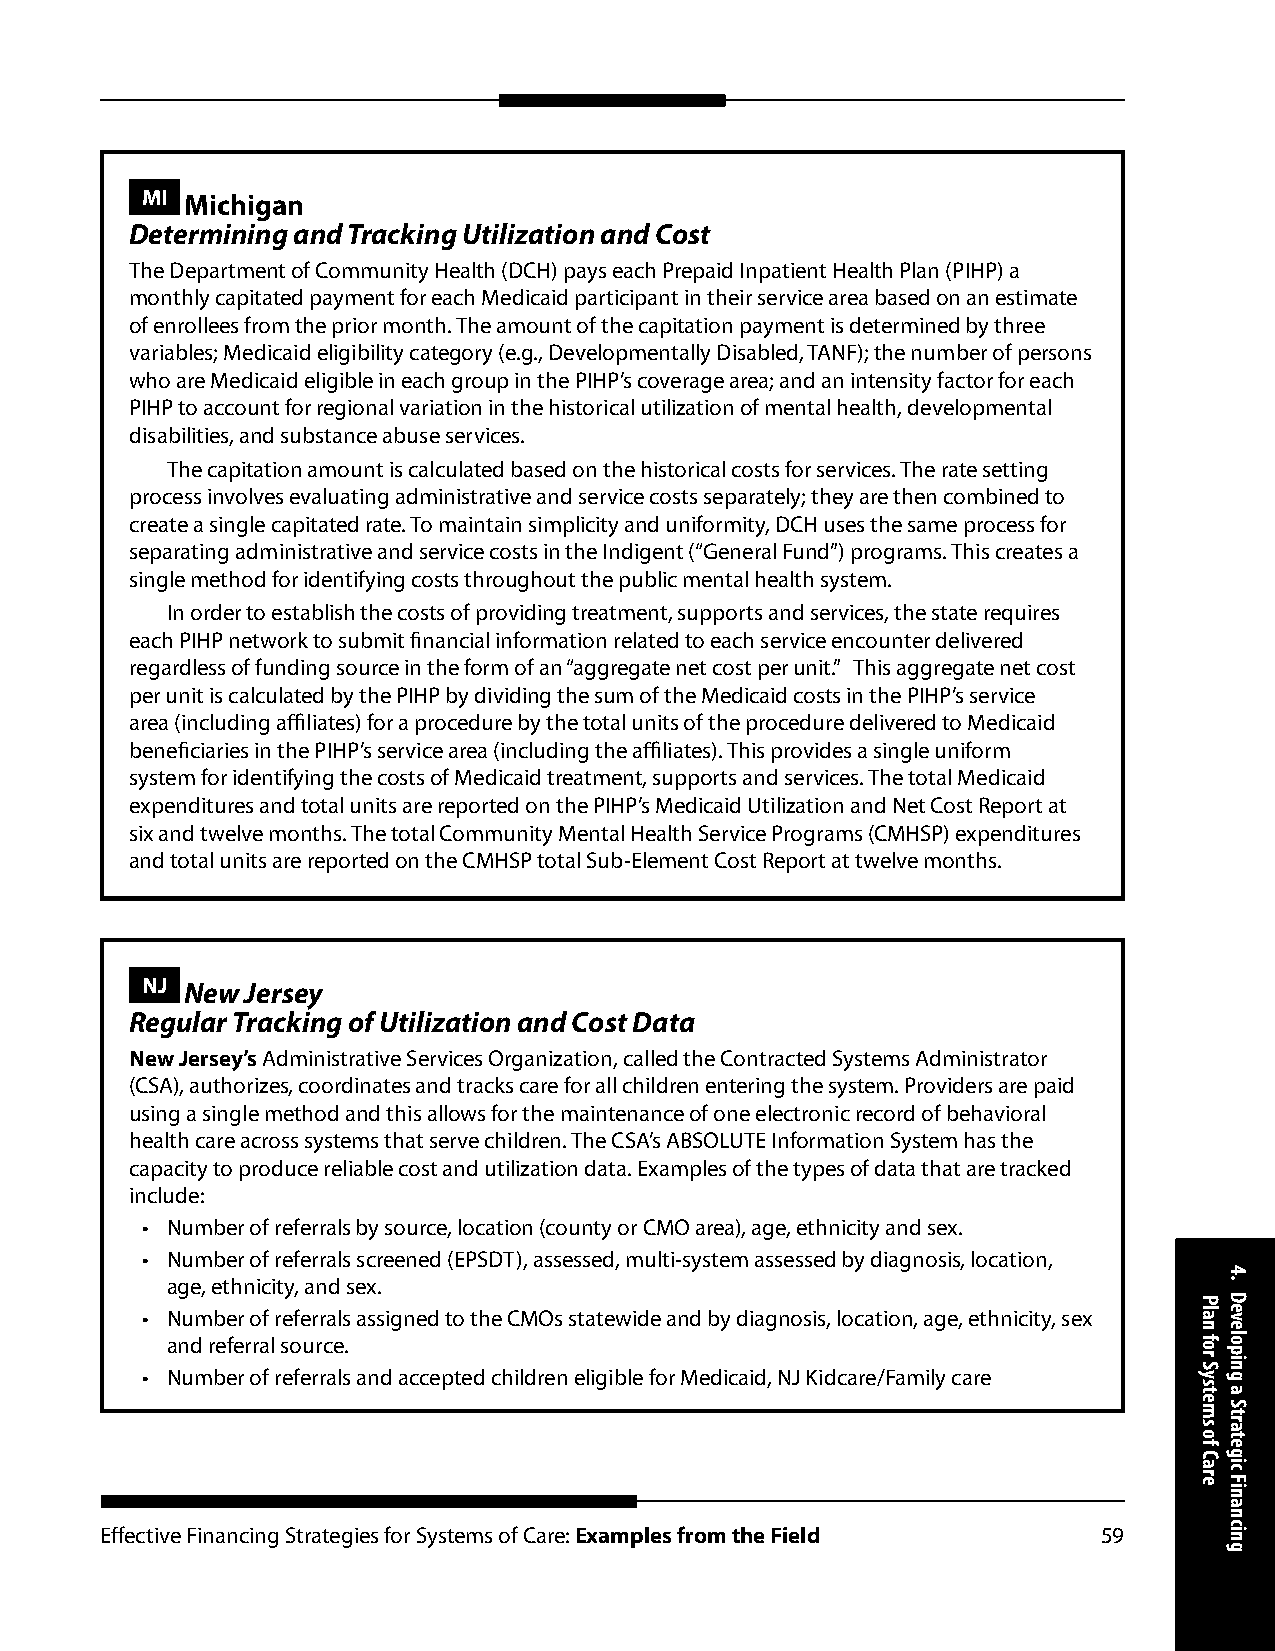
MI Michigan
 Determining and Tracking Utilization and Cost
 The Department of Community Health (DCH) pays each Prepaid Inpatient Health Plan (PIHP) a
 monthly capitated payment for each Medicaid participant in their service area based on an estimate
 of enrollees from the prior month. The amount of the capitation payment is determined by three
 variables; Medicaid eligibility category (e.g., Developmentally Disabled, TANF); the number of persons
 who are Medicaid eligible in each group in the PIHP’s coverage area; and an intensity factor for each
 PIHP to account for regional variation in the historical utilization of mental health, developmental
 disabilities, and substance abuse services.
 The capitation amount is calculated based on the historical costs for services. The rate setting
 process involves evaluating administrative and service costs separately; they are then combined to
 create a single capitated rate. To maintain simplicity and uniformity, DCH uses the same process for
 separating administrative and service costs in the Indigent (“General Fund”) programs. This creates a
 single method for identifying costs throughout the public mental health system.
 In order to establish the costs of providing treatment, supports and services, the state requires
 each PIHP network to submit financial information related to each service encounter delivered
 regardless of funding source in the form of an “aggregate net cost per unit.” This aggregate net cost
 per unit is calculated by the PIHP by dividing the sum of the Medicaid costs in the PIHP’s service
 area (including affiliates) for a procedure by the total units of the procedure delivered to Medicaid
 beneficiaries in the PIHP’s service area (including the affiliates). This provides a single uniform
 system for identifying the costs of Medicaid treatment, supports and services. The total Medicaid
 expenditures and total units are reported on the PIHP’s Medicaid Utilization and Net Cost Report at
 six and twelve months. The total Community Mental Health Service Programs (CMHSP) expenditures
 and total units are reported on the CMHSP total Sub-Element Cost Report at twelve months.
 NJ New Jersey
 Regular Tracking of Utilization and Cost Data
 New Jersey’s Administrative Services Organization, called the Contracted Systems Administrator
 (CSA), authorizes, coordinates and tracks care for all children entering the system. Providers are paid
 using a single method and this allows for the maintenance of one electronic record of behavioral
 health care across systems that serve children. The CSA’s ABSOLUTE Information System has the
 capacity to produce reliable cost and utilization data. Examples of the types of data that are tracked
 include:
 • Number of referrals by source, location (county or CMO area), age, ethnicity and sex.
 • Number of referrals screened (EPSDT), assessed, multi-system assessed by diagnosis, location,
 age, ethnicity, and sex.
 • Number of referrals assigned to the CMOs statewide and by diagnosis, location, age, ethnicity, sex
 and referral source.
 • Number of referrals and accepted children eligible for Medicaid, NJ Kidcare/Family care
 Effective Financing Strategies for Systems of Care: Examples from the Field 59
 Plan
 for
 Systems
 of
 Care
 4.
 Developing
 a
 Strategic
 Financing